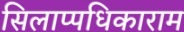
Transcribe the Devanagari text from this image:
सिलाप्पधिकाराम